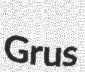
Grus